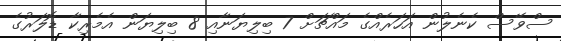
ސްވޭސް ކެނެލުން އަހަރެއްގެ މައްޗަށް 7 ބިލިޔަނާއި 8 ބިލިޔަން އެމެރިކާ ޑޮލަރުގެ